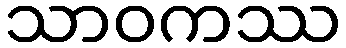
သာဝကဿ